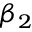
\beta _ { 2 }